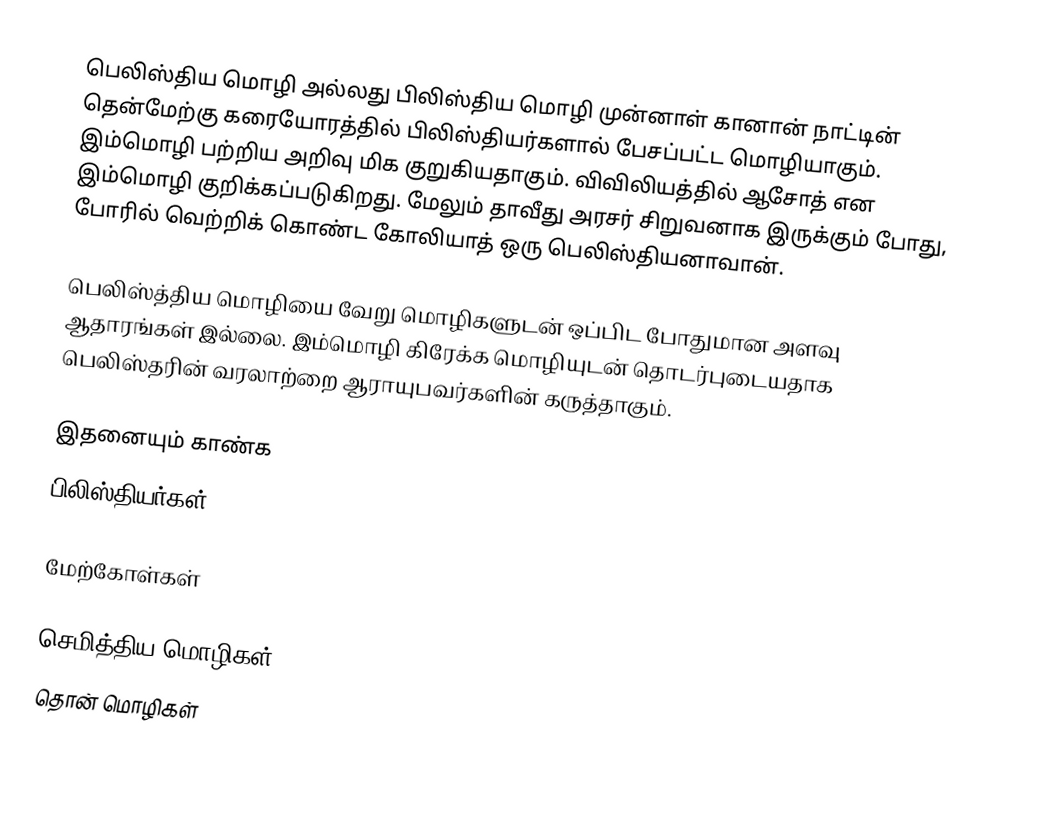
பெலிஸ்திய மொழி அல்லது பிலிஸ்திய மொழி முன்னாள் கானான் நாட்டின் தென்மேற்கு கரையோரத்தில் பிலிஸ்தியர்களால் பேசப்பட்ட மொழியாகும். இம்மொழி பற்றிய அறிவு மிக குறுகியதாகும். விவிலியத்தில் ஆசோத் என இம்மொழி குறிக்கப்படுகிறது. மேலும் தாவீது அரசர் சிறுவனாக இருக்கும் போது, போரில் வெற்றிக் கொண்ட கோலியாத் ஒரு பெலிஸ்தியனாவான்.

பெலிஸ்த்திய மொழியை வேறு மொழிகளுடன் ஒப்பிட போதுமான அளவு ஆதாரங்கள் இல்லை. இம்மொழி கிரேக்க மொழியுடன் தொடர்புடையதாக பெலிஸ்தரின் வரலாற்றை ஆராயுபவர்களின் கருத்தாகும்.

இதனையும் காண்க
 பிலிஸ்தியர்கள்

மேற்கோள்கள்

செமித்திய மொழிகள்
தொன் மொழிகள்